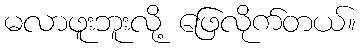
မလာဖူးဘူးလို့ ဖြေလိုက်တယ်။